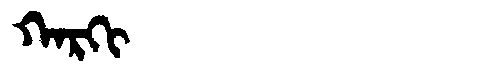
Manchu: ᡴᠠᡵᡴᡳ
Romanization: KARKI